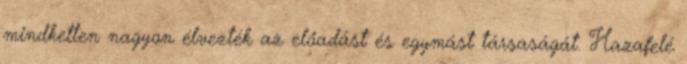
mindketten nagyon élvezték az előadást és egymást társaságát. Hazafelé